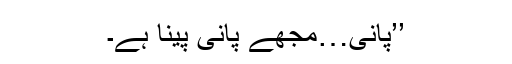
’’پانی…مجھے پانی پینا ہے۔